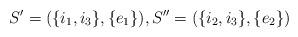
LaTeX: \begin{align*}S'=(\{i_1,i_3\},\{e_1\}), S''=(\{i_2,i_3\},\{e_2\})\end{align*}